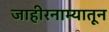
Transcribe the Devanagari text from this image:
जाहीरनाम्यातून